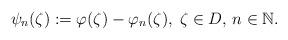
LaTeX: \begin{align*}\psi_{n}(\zeta ):=\varphi (\zeta )-\varphi_{n}(\zeta ), \; \zeta \in D, \, n\in\mathbb{N}. \end{align*}